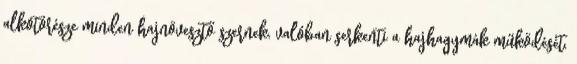
alkotórésze minden hajnövesztő szernek, valóban serkenti a hajhagymák működését,